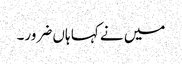
میں نے کہا ہاں ضرور۔